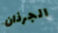
الجرذان